Report of an investigation of the epidemic of malarial fever in Assam, or, kala-azar
Disease focus: Malaria
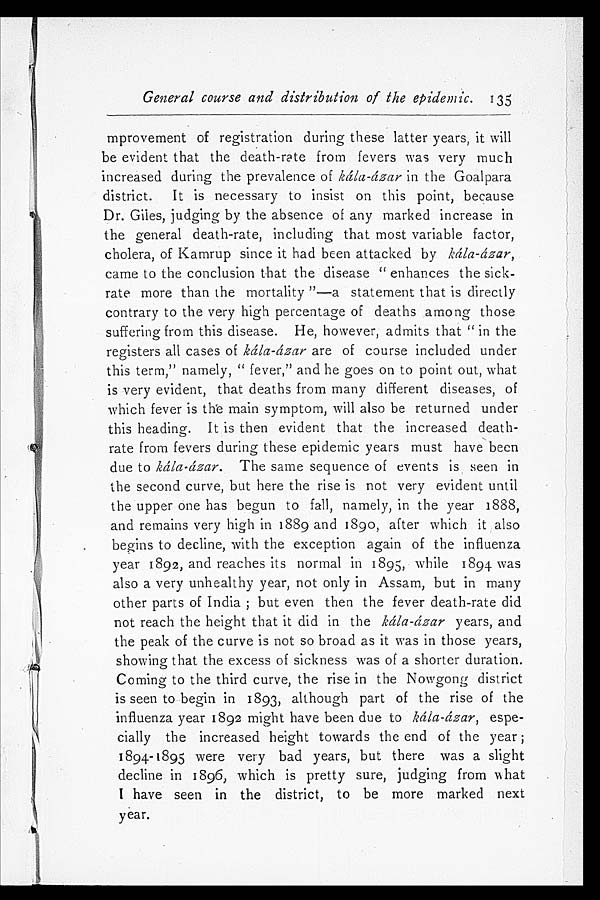
General course and distribution of the epidemic.
mprovement of registration during these latter years, it will
be evident that the death-rate from fevers was very much
increased during the prevalence of kála-ázar in the Goalpara
district. It is necessary to insist on this point, because
Dr. Giles, judging by the absence of any marked increase in
the general death-rate, including that most variable factor,
cholera, of Kamrup since it had been attacked by kála-ázar,
came to the conclusion that the disease "enhances the sick-
rate more than the mortality"—a statement that is directly
contrary to the very high percentage of deaths among those
suffering from this disease. He, however, admits that "in the
registers all cases of kála-ázar are of course included under
this term," namely, "fever," and he goes on to point out, what
is very evident, that deaths from many different diseases, of
which fever is the main symptom, will also be returned under
this heading. It is then evident that the increased death-
rate from fevers during these epidemic years must have been
due to kála-ázar. The same sequence of events is seen in
the second curve, but here the rise is not very evident until
the upper one has begun to fall, namely, in the year 1888,
and remains very high in 1889 and 1890, after which it also
begins to decline, with the exception again of the influenza
year 1892, and reaches its normal in 1895, while 1894 was
also a very unhealthy year, not only in Assam, but in many
other parts of India; but even then the fever death-rate did
not reach the height that it did in the kála-ázar years, and
the peak of the curve is not so broad as it was in those years,
showing that the excess of sickness was of a shorter duration.
Coming to the third curve, the rise in the Nowgong district
is seen to begin in 1893, although part of the rise of the
influenza year 1892 might have been due to kála-ázar, espe-
cially the increased height towards the end of the year;
1894-1895 were very bad years, but there was a slight
decline in 1896, which is pretty sure, judging from what
I have seen in the district, to be more marked next
year.
135